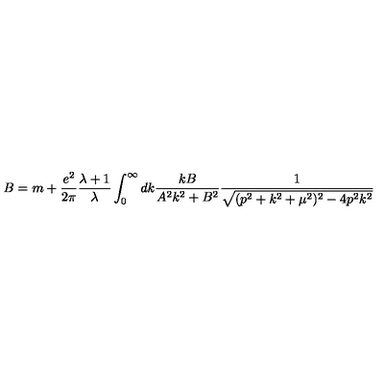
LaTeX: B = m + \frac { e ^ { 2 } } { 2 \pi } \frac { \lambda + 1 } { \lambda } \int _ { 0 } ^ { \infty } d k \frac { k B } { A ^ { 2 } k ^ { 2 } + B ^ { 2 } } \frac { 1 } { \sqrt { ( p ^ { 2 } + k ^ { 2 } + \mu ^ { 2 } ) ^ { 2 } - 4 p ^ { 2 } k ^ { 2 } } }